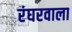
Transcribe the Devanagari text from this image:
रंघरवाला